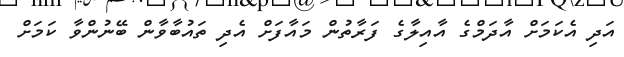
އަދި އެކަމަށް އާދަމްގެ އާއިލާގެ ފަރާތުން މައާފަށް އެދި ތައުބާވާން ބޭނުންވާ ކަމަށް